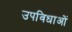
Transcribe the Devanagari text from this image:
उपविधाओं